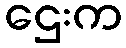
ဌေးက